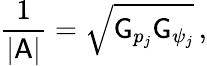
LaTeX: \frac{1}{|\mathsf{A}|}=\sqrt{\mathsf{G}_{p_{j}}\mathsf{G}_{\psi_{j}}}\, ,